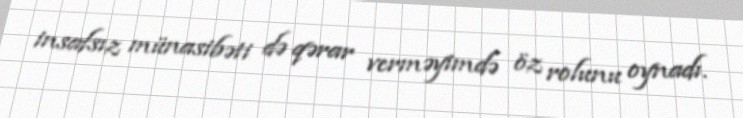
insafsız münasibəti də qərar verməyimdə öz rolunu oynadı.